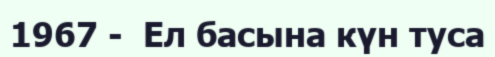
1967 -  Ел басына күн туса